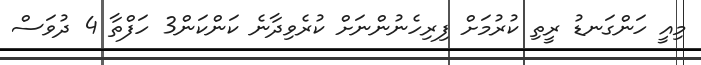
މިއީ ހަންގަނޑު ރީތި ކުރުމަށް ފިރިހެނުންނަށް ކުރެވިދާނެ ކަންކަން3 ހަފްތާ 4 ދުވަސް